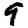
Digit: 9